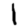
Digit: 1